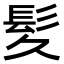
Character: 𫘹